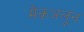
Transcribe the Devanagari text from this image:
मैकअलून